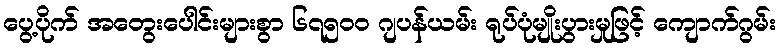
ပွေ့ပိုက် အတွေးပေါင်းများစွာ ၆၇၅၀၀ ဂျပန်ယမ်း ရုပ်ပုံမျိုးပွားမှုဖြင့် ကျောက်ဂွမ်း